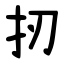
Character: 扨